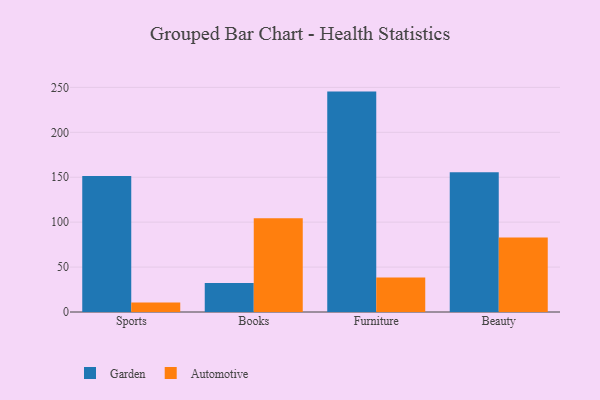
{"axis": {"x": "Category", "y": "Shipments"}, "legend": ["Automotive", "Garden"], "data": [{"x": "Sports", "y": 151.4, "type": "Garden"}, {"x": "Sports", "y": 10.5, "type": "Automotive"}, {"x": "Books", "y": 32.2, "type": "Garden"}, {"x": "Books", "y": 104.3, "type": "Automotive"}, {"x": "Furniture", "y": 245.3, "type": "Garden"}, {"x": "Furniture", "y": 38.5, "type": "Automotive"}, {"x": "Beauty", "y": 155.4, "type": "Garden"}, {"x": "Beauty", "y": 83.0, "type": "Automotive"}]}